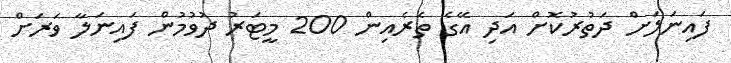
ފައިނަލަށް ދަތުރުކޮށް އަދި އޭގެ ތެރެއިން 200 މީޓަރު ދުވުމުން ފައިނަލާ ވަރަށް